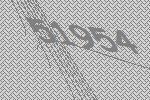
51954